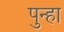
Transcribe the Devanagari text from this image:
पुन्‍हा